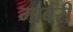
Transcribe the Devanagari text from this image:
मार्बरी